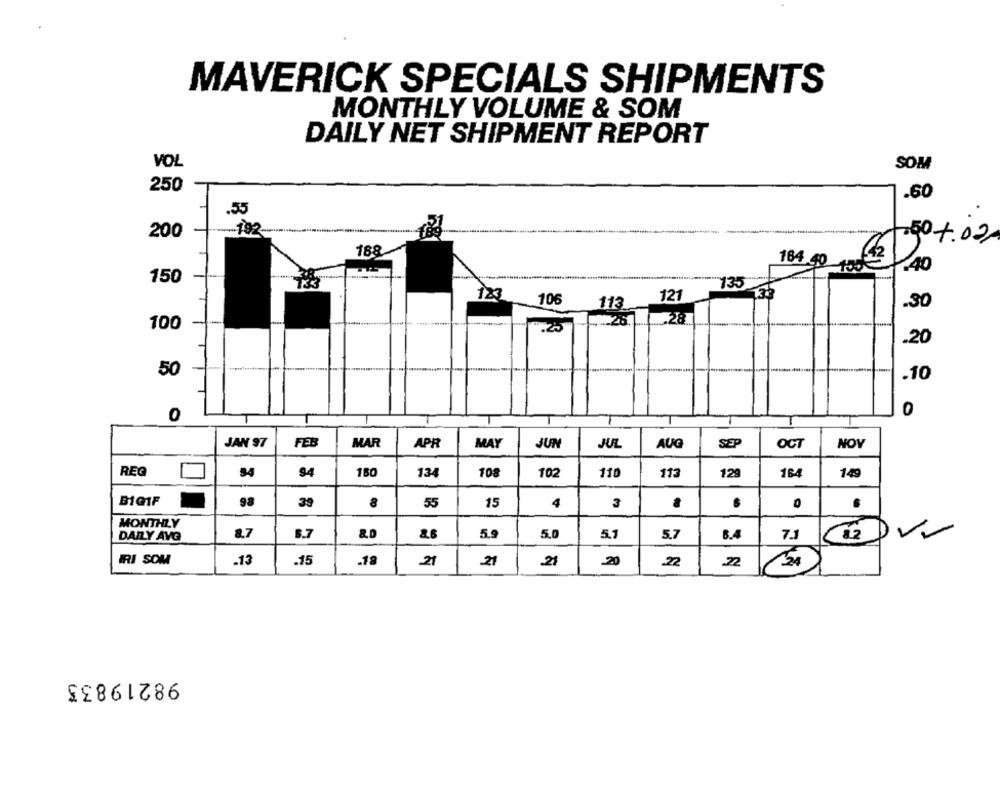
MAVERICK SPECIALS SHIPMENTS
MONTHLY VOLUME & SOM
DAILY NET SHIPMENT REPORT
VOL
SOM
250
.60
.55
200
.... 192
.50 +.02
188
164 40
42
140
150
135
123
106
113
121
.30
26.
......... 28
100
.20
50
.10
0
JAN 97
MAR
APR
MAY
SEP
JUN
JUL
AUG
OCT
NOV
REG
84
94
134
108
102
110
113
12
12
149
BIGIF
98
39
8
55
15
4
3
MONTHLY
DAILY AVG
8.7
8.7
5.9
5.0
5.1
5.7
8.4
7.1
IRI SOM
.13
.15
.18
21
21
21
.20
22
.72
98219833